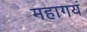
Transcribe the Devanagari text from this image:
महागयं